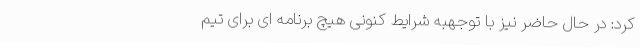
کرد: در حال حاضر نیز با توجهبه شرایط کنونی هیچ برنامه ای برای تیم